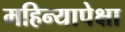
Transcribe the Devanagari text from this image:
महिन्यापेक्षा